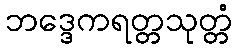
ဘဒ္ဒေကရတ္တသုတ္တံ